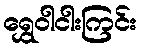
ရွှေဝါငါးကြင်း